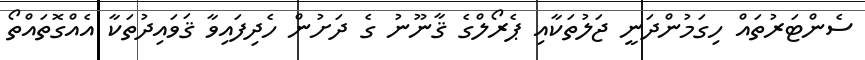
ސެންޓަރުތައް ހިގަމުންދަނީ ޖަލުތަކާއި ޕެރޯލްގެ ޤާނޫނު ގެ ދަށުން ހެދިފައިވާ ޤަވައިދުތަކާ އެއްގޮތައްތޯ